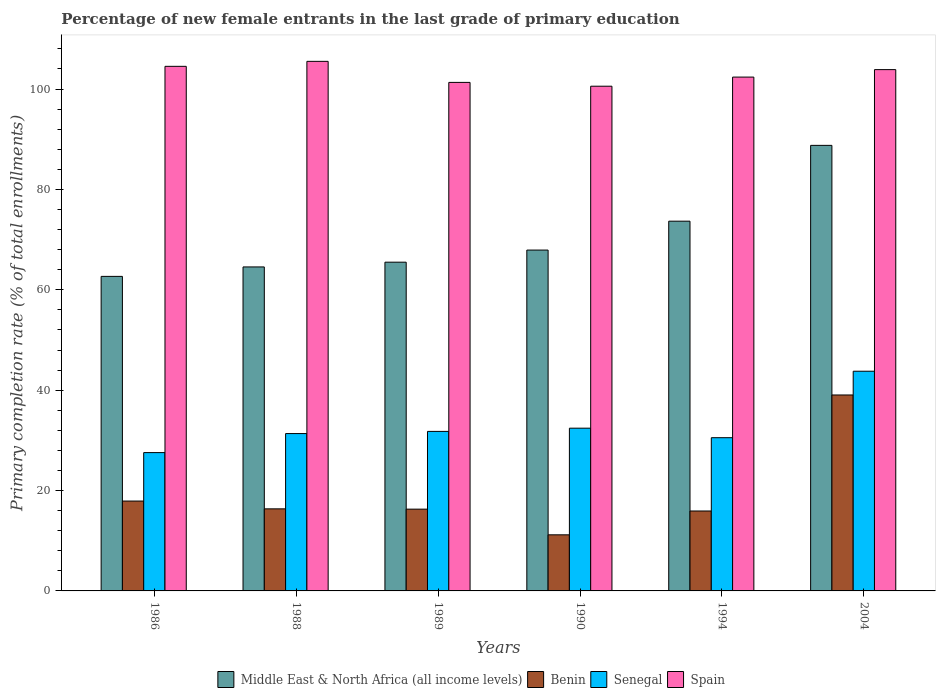
| Years | Middle East & North Africa (all income levels) | Benin | Senegal | Spain |
 | --- | --- | --- | --- | --- |
 | 1986 | 62.7 | 17.9 | 27.6 | 105 |
 | 1988 | 64.6 | 16.4 | 31.4 | 106 |
 | 1989 | 65.5 | 16.3 | 31.8 | 101 |
 | 1990 | 67.9 | 11.2 | 32.4 | 101 |
 | 1994 | 73.7 | 15.9 | 30.5 | 102 |
 | 2004 | 88.8 | 39 | 43.8 | 104 |